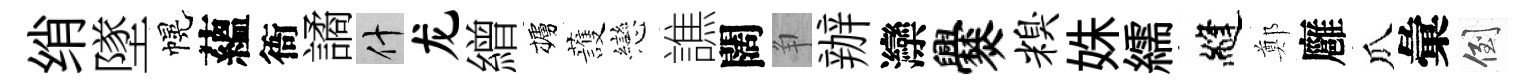
绡墜幌蘊衙譎什龙繒櫨䕶戀譙闊争辦灤爨糗姝繻縫鄭廱瓜彙倒